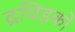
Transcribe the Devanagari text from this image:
द्रविड़को